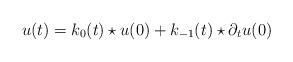
LaTeX: \begin{align*} u ( t ) = k _ { 0 } ( t ) \star u ( 0 ) + k _ { - 1 } ( t ) \star \partial _ t u ( 0 )\end{align*}